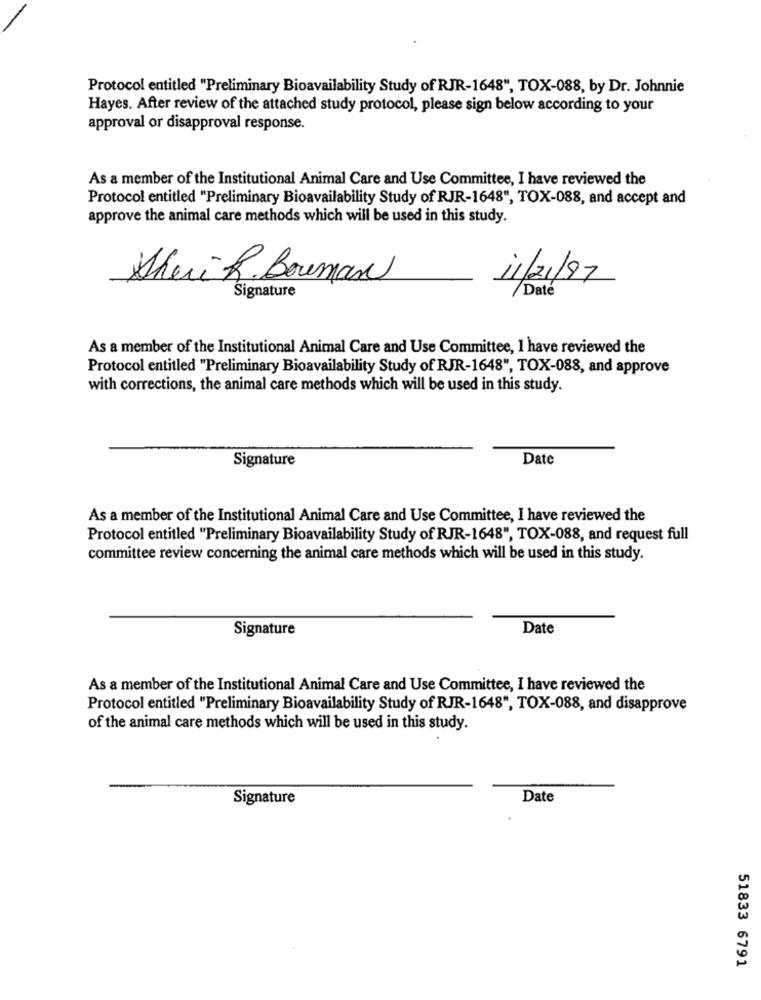
Protocol entitled "Preliminary Bioavailability Study of RJR-1648", TOX-088, by Dr. Johnnie
Hayes. After review of the attached study protocol, please sign below according to your
approval or disapproval response.
As a member of the Institutional Animal Care and Use Committee, I have reviewed the
Protocol entitled "Preliminary Bioavailability Study of RJR-1648", TOX-088, and accept and
approve the animal care methods which will be used in this study.
Sheri R. Bouman
11/21/97
Date
Signature
As a member of the Institutional Animal Care and Use Committee, 1 have reviewed the
Protocol entitled "Preliminary Bioavailability Study of RJR-1648", TOX-088, and approve
with corrections, the animal care methods which will be used in this study.
Signature
Date
As a member of the Institutional Animal Care and Use Committee, I have reviewed the
Protocol entitled "Preliminary Bioavailability Study of RJR-1648", TOX-088, and request full
committee review concerning the animal care methods which will be used in this study.
Signature
Date
As a member of the Institutional Animal Care and Use Committee, I have reviewed the
Protocol entitled "Preliminary Bioavailability Study of RJR-1648", TOX-088, and disapprove
of the animal care methods which will be used in this study.
Signature
Date
51833 6791